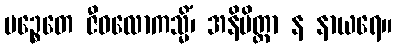
ပဉ္စေတေ ဇီဝလောကသ္မိံ၊ အနိမိတ္တာ န နာယရေ။